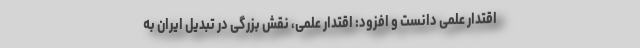
اقتدار علمی دانست و افزود: اقتدار علمی، نقش بزرگی در تبدیل ایران به